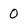
Character: 0